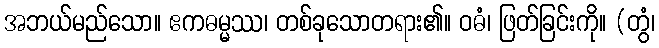
အဘယ်မည်သော။ ဧကဓမ္မဿ၊ တစ်ခုသောတရား၏။ ဝဓံ၊ ဖြတ်ခြင်းကို။ (တွံ၊